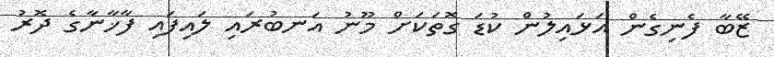
ޒޭބާ ފެނިގެން އަޅައިލުން ކުޑަ ގޮތަކަށް މޫނު އަނބުރައި ލައިފައި ފާޚާނާގެ ދޮރު